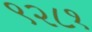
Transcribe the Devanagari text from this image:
९२८१